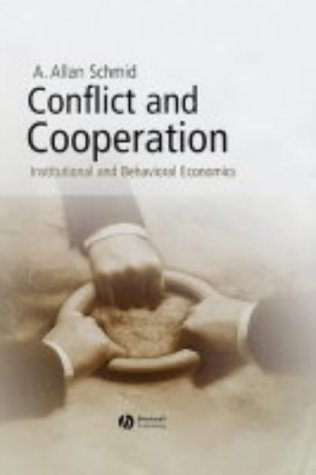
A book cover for Conflict and Cooperation: Institutional and Behavioral Economics; A. Allan Schmid; Business & Money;